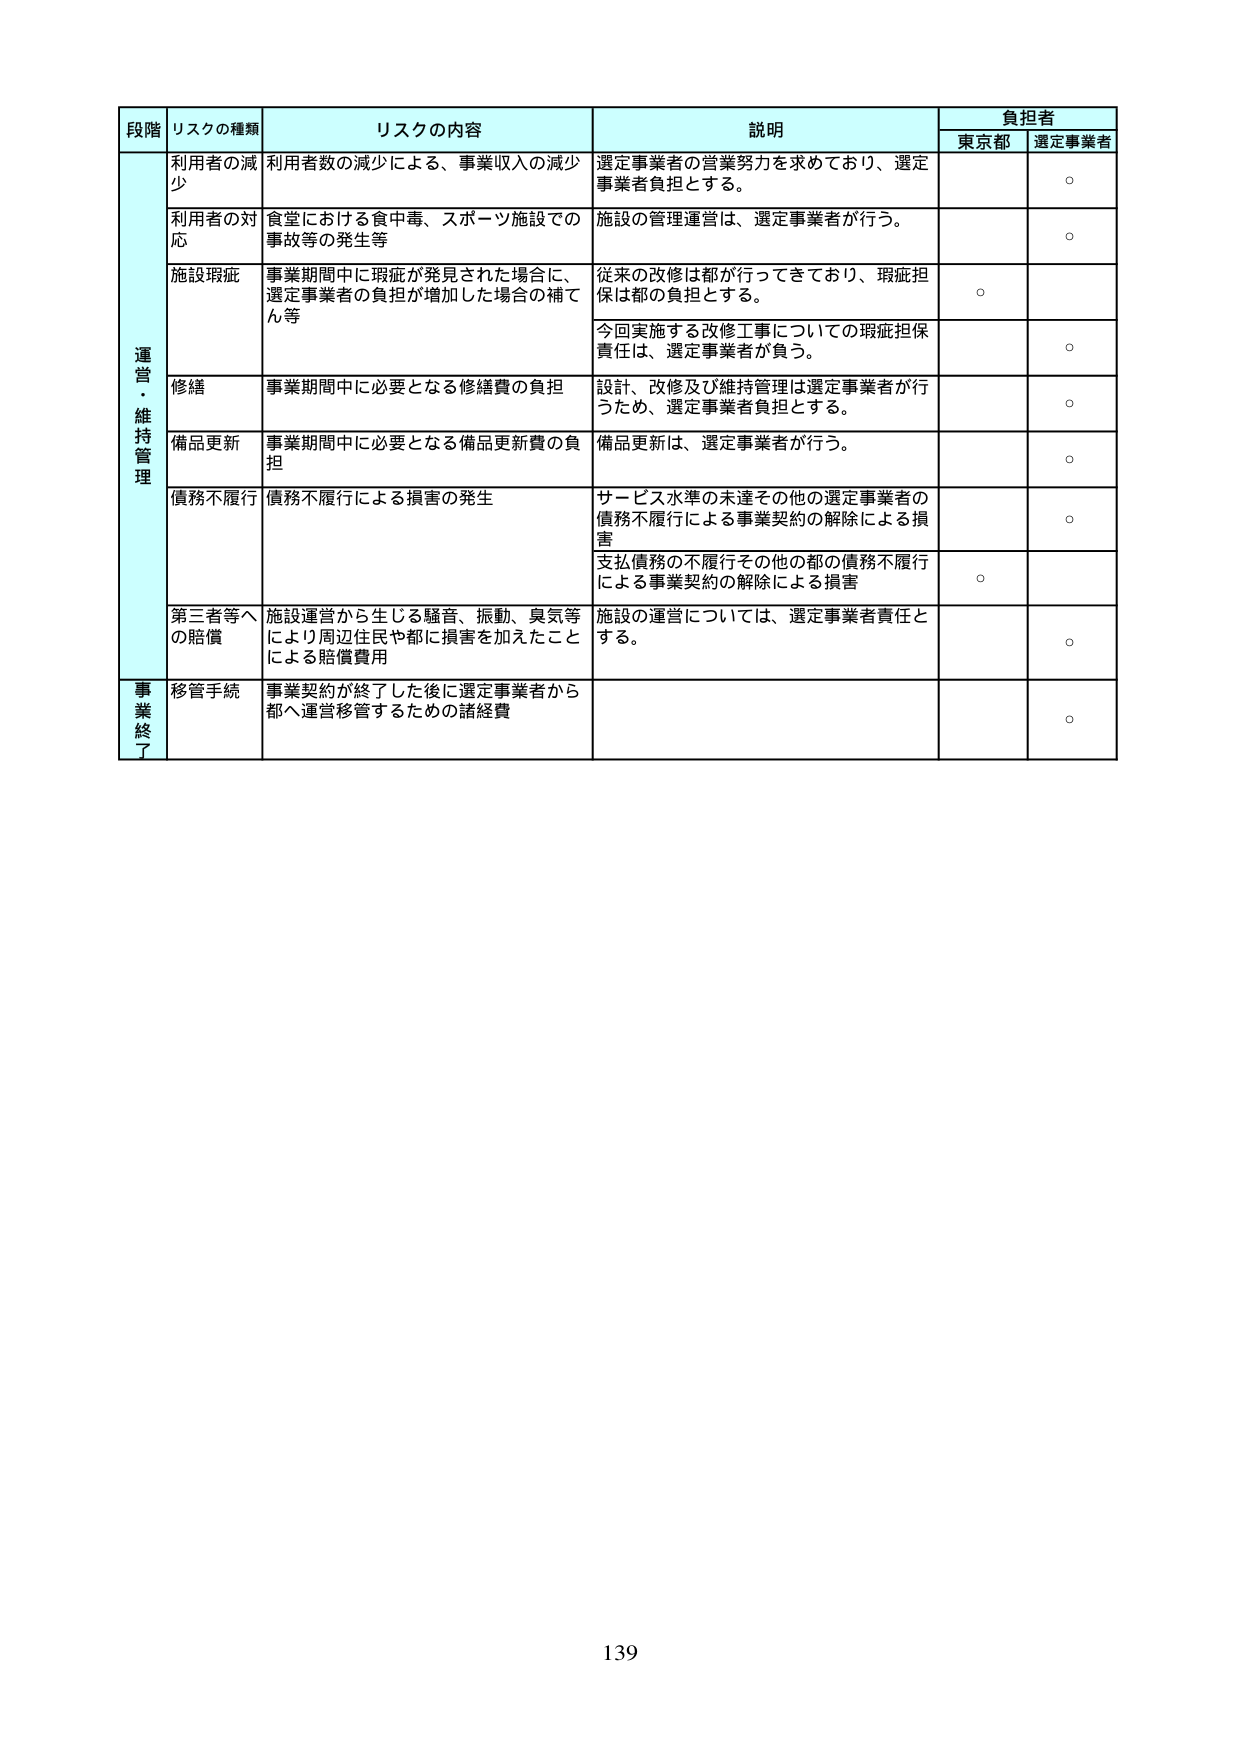
段階 リスクの種類 リスクの内容 説明 負担者 東京都 選定事業者 運営・維持管理 利用者の減少 利用者数の減少による、事業収入の減少 選定事業者の営業努力を求めており、選定事業者負担とする。 ○ 利用者の対応 食堂における食中毒、スポーツ施設での事故等の発生等 施設の管理運営は、選定事業者が行う。 ○ 施設瑕疵 事業期間中に瑕疵が発見された場合に、選定事業者の負担が増加した場合の補てん等 従来の改修は都が行ってきており、瑕疵担保は都の負担とする。 ○ 今回実施する改修工事についての瑕疵担保責任は、選定事業者が負う。 ○ 修繕 事業期間中に必要となる修繕費の負担 設計、改修及び維持管理は選定事業者が行うため、選定事業者負担とする。 ○ 備品更新 事業期間中に必要となる備品更新費の負担 備品更新は、選定事業者が行う。 ○ 債務不履行 債務不履行による損害の発生 サービス水準の未達その他の選定事業者の債務不履行による事業契約の解除による損害 ○ 支払債務の不履行その他の都の債務不履行による事業契約の解除による損害 ○ 第三者等への賠償 施設運営から生じる騒音、振動、臭気等により周辺住民や都に損害を加えたことによる賠償費用 施設の運営については、選定事業者責任とする。 ○ 事業終了 移管手続 事業契約が終了した後に選定事業者から都へ運営移管するための諸経費 ○ 139